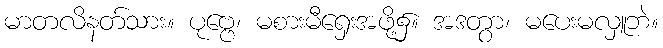
မာတလိနတ်သား။ ပုဗ္ဗေ၊ မစားမီရှေးအဖို့၌။ အဒတွာ၊ မပေးမလှူဘဲ။